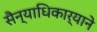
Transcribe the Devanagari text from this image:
सैन्याधिकार्‍याने